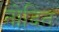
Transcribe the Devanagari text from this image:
नोदित